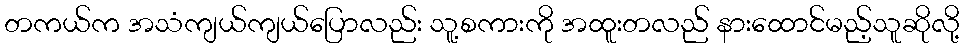
တကယ်က အသံကျယ်ကျယ်ပြောလည်း သူ့စကားကို အထူးတလည် နားထောင်မည့်သူဆိုလို့